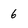
Character: 6